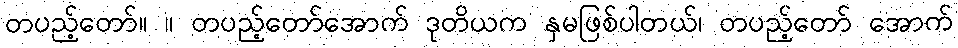
တပည့်တော်။ ။ တပည့်တော်အောက် ဒုတိယက နှမဖြစ်ပါတယ်၊ တပည့်တော် အောက်